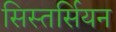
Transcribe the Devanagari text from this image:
सिस्तर्सियन